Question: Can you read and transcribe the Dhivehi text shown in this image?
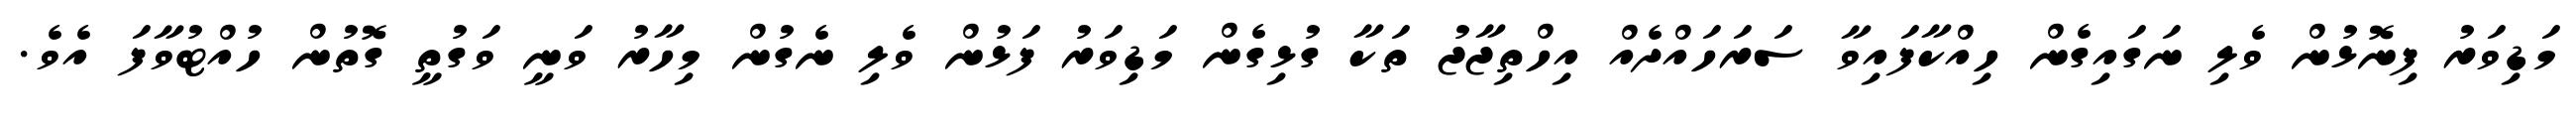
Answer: މަޑިވަރު ފިނޮޅުން ވެލި ނަގައިގެން ހިއްކާފައިވާ ސަރަހައްދެއް އިހްތިޖާޖު ތަކާ ގުޅިގެން މަޑިވަރު ފަޅުން ވެލި ނެގުން މިހާރު ވަނީ ވަގުތީ ގޮތުން ހުއްޓުވާފަ އެވެ.